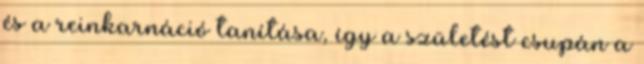
és a reinkarnáció tanítása, így a születést csupán a